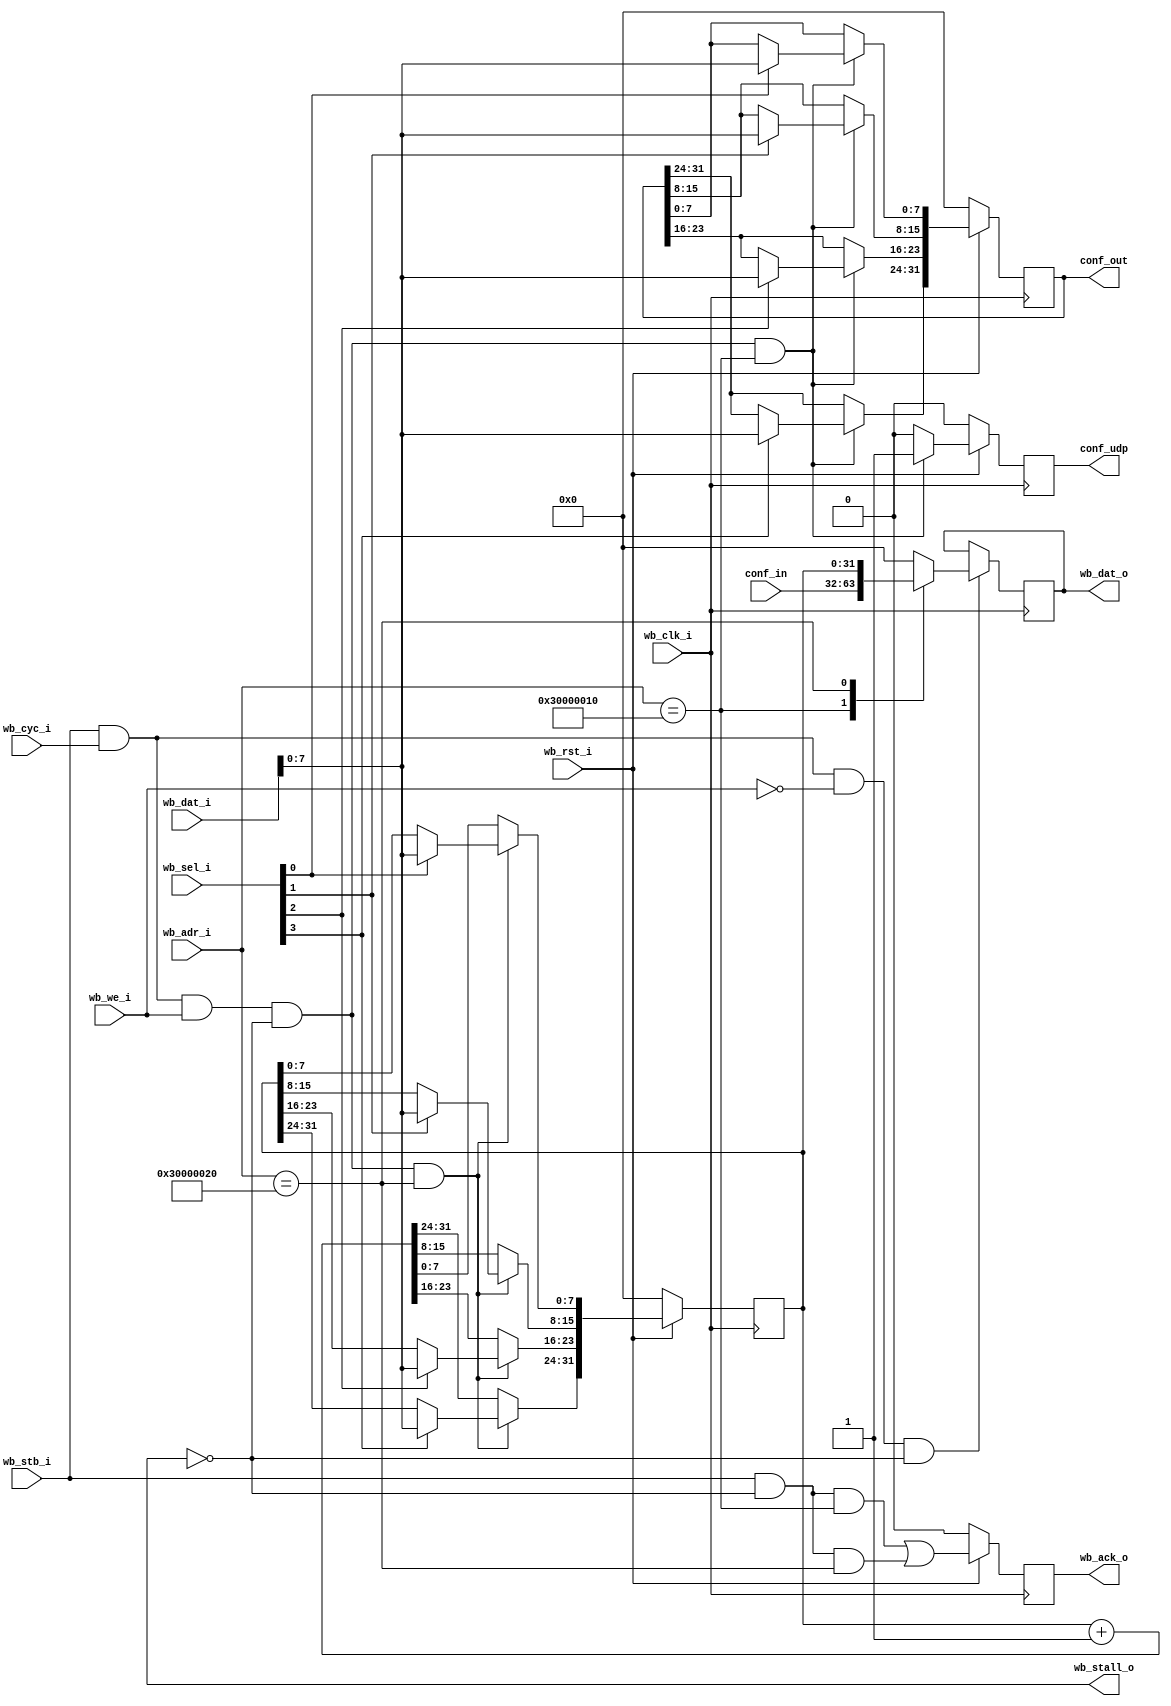
// SPDX-FileCopyrightText: 2022 Ryan M Price
//
// Licensed under the Apache License, Version 2.0 (the "License");
// you may not use this file except in compliance with the License.
// You may obtain a copy of the License at
//
//      http://www.apache.org/licenses/LICENSE-2.0
//
// Unless required by applicable law or agreed to in writing, software
// distributed under the License is distributed on an "AS IS" BASIS,
// WITHOUT WARRANTIES OR CONDITIONS OF ANY KIND, either express or implied.
// See the License for the specific language governing permissions and
// limitations under the License.
// SPDX-License-Identifier: Apache-2.0

module WishboneSlave #(
  parameter BASE_ADDRESS = 32'h3000_0010
, parameter CNTR_ADDRESS = 32'h3000_0020
) (
// Wishbone Slave ports (WB MI A)
  input              wb_clk_i
, input              wb_rst_i
, input              wb_stb_i
, input              wb_cyc_i
, input              wb_we_i
, input       [3:0]  wb_sel_i
, input       [31:0] wb_dat_i
, input       [31:0] wb_adr_i
, output reg         wb_ack_o
, output wire        wb_stall_o
, output reg  [31:0] wb_dat_o

, input       [31:0] conf_in
, output reg  [31:0] conf_out
, output reg         conf_udp
);
  
  // WB MI A
  wire       wb_valid = wb_cyc_i &    wb_stb_i; 
  wire [3:0] wb_wstrb = wb_sel_i & {4{wb_we_i}};
  
  // Internal Stuff
  reg         [31:0] cntr;
  wire   reset       = ~wb_rst_i;
  assign wbs_stall_o = 0;
  
  always @(posedge wb_clk_i)
    begin
      if(reset)
        conf_out = 32'h0000_0000;
      else if(wb_stb_i && wb_cyc_i && wb_we_i && !wb_stall_o && wb_adr_i == BASE_ADDRESS)
        begin
          conf_out[ 7: 0] = (wb_sel_i[0]) ? wb_dat_i : conf_out[ 7: 0];
          conf_out[15: 8] = (wb_sel_i[1]) ? wb_dat_i : conf_out[15: 8];
          conf_out[23:16] = (wb_sel_i[2]) ? wb_dat_i : conf_out[23:16];
          conf_out[31:24] = (wb_sel_i[3]) ? wb_dat_i : conf_out[31:24];
        end
      else
        conf_out = conf_out;
    end
  
  always @(posedge wb_clk_i)
    begin
      if(reset)
        conf_udp = 1'b0;
      else if(wb_stb_i && wb_cyc_i && wb_we_i && !wb_stall_o && wb_adr_i == BASE_ADDRESS)
        conf_udp = 1'b1;
      else
        conf_udp = 1'b0;
    end
  
  always @(posedge wb_clk_i)
    begin
      if(reset)
        cntr = 32'h0000_0000;
      else if(wb_stb_i && wb_cyc_i && wb_we_i && !wb_stall_o && wb_adr_i == CNTR_ADDRESS)
        begin
          cntr[ 7: 0] = (wb_sel_i[0]) ? wb_dat_i : cntr[ 7: 0];
          cntr[15: 8] = (wb_sel_i[1]) ? wb_dat_i : cntr[15: 8];
          cntr[23:16] = (wb_sel_i[2]) ? wb_dat_i : cntr[23:16];
          cntr[31:24] = (wb_sel_i[3]) ? wb_dat_i : cntr[31:24];
        end
      else
        cntr = cntr + 1;
    end
  
  always @(posedge wb_clk_i)
    begin
      if(wb_stb_i && wb_cyc_i && !wb_we_i && !wb_stall_o)
        case(wb_adr_i)
          BASE_ADDRESS : wb_dat_o = conf_in;
          CNTR_ADDRESS : wb_dat_o = cntr;
          default      : wb_dat_o = 32'b0;
        endcase
    end
  
  // acks
  always @(posedge wb_clk_i)
    begin
      if(reset)
        wb_ack_o = 0;
      else
        wb_ack_o = (wb_stb_i && !wb_stall_o && (wb_adr_i == BASE_ADDRESS)) || 
                   (wb_stb_i && !wb_stall_o && (wb_adr_i == CNTR_ADDRESS)) ;
    end
  
endmodule